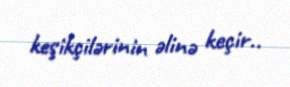
keşikçilərinin əlinə keçir..